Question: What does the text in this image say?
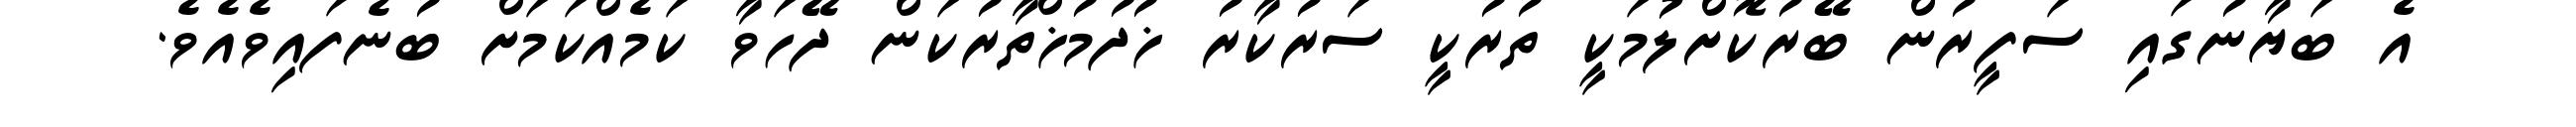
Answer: އެ ބަޔާނުގައި ސަފީރުން ބޭރުކޮށްލުމަކީ ތުރުކީ ސަރުކާރު ޚުދުމުޚްތާރުކަން ދޭހަވާ ކަމެއްކަމަށް ބުނެފައިވެއެވެ.